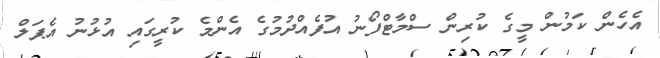
އެހެން ކަމުން މީގެ ކުރިން ސްމާޓްފޯނު އުފެއްދުމުގެ އެންމެ ކުރީގައި އުޅުނު އެޕަލް